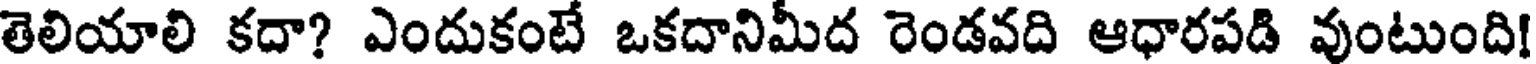
తెలియాలి కదా? ఎందుకంటే ఒకదానిమీద రెండవది ఆధారపడి వుంటుంది